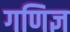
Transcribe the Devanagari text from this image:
गणिज्ञ